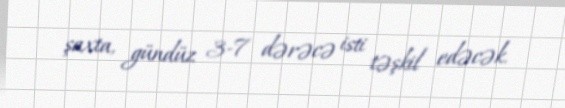
şaxta, gündüz 3-7 dərəcə isti təşkil edəcək.